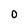
Character: 0